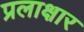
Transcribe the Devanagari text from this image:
प्रलाक्षार